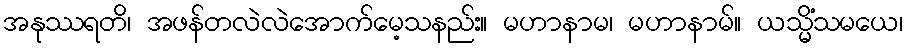
အနုဿရတိ၊ အဖန်တလဲလဲအောက်မေ့သနည်း။ မဟာနာမ၊ မဟာနာမ်။ ယသ္မိံသမယေ၊